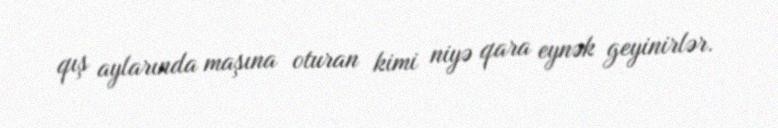
qış aylarında maşına oturan kimi niyə qara eynək geyinirlər.